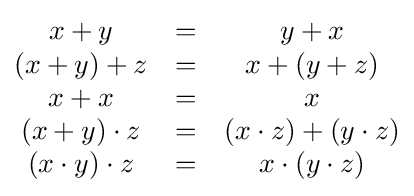
{\begin{matrix}x+y&=&y+x\\(x+y)+z&=&x+(y+z)\\x+x&=&x\\(x+y)\cdot z&=&(x\cdot z)+(y\cdot z)\\(x\cdot y)\cdot z&=&x\cdot (y\cdot z)\end{matrix}}